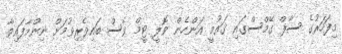
މިފަހަރުގެ ސާފް ގޭމްސްގައި ގައުމީ އަންހެން ވޮލީ ޓީމް ވެސް ބައިވެރިވުމަށް ނިންމާފައިވާ